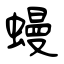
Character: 蟃